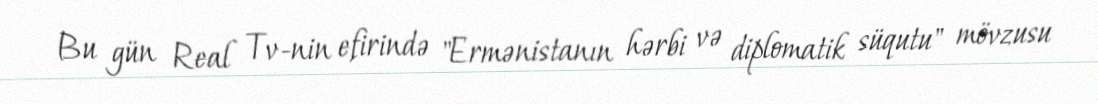
Bu gün Real Tv-nin efirində "Ermənistanın hərbi və diplomatik süqutu" mövzusu